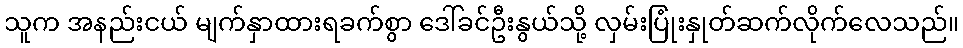
သူက အနည်းငယ် မျက်နှာထားရခက်စွာ ဒေါ်ခင်ဦးနွယ်သို့ လှမ်းပြုံးနှုတ်ဆက်လိုက်လေသည်။